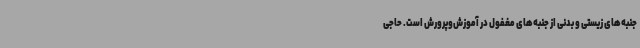
جنبه‌های زیستی و بدنی از جنبه‌های مغفول در آموزش‌وپرورش است. حاجی